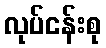
လုပ်ငန်းစု